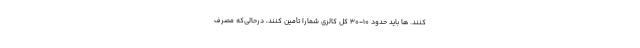
کنند. ها باید حدود 10-30 کل کالری شمارا تأمین کنند، درحالی‌که مصرف